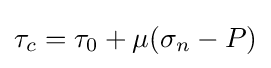
\tau _{c}=\tau _{0}+\mu (\sigma _{n}-P)